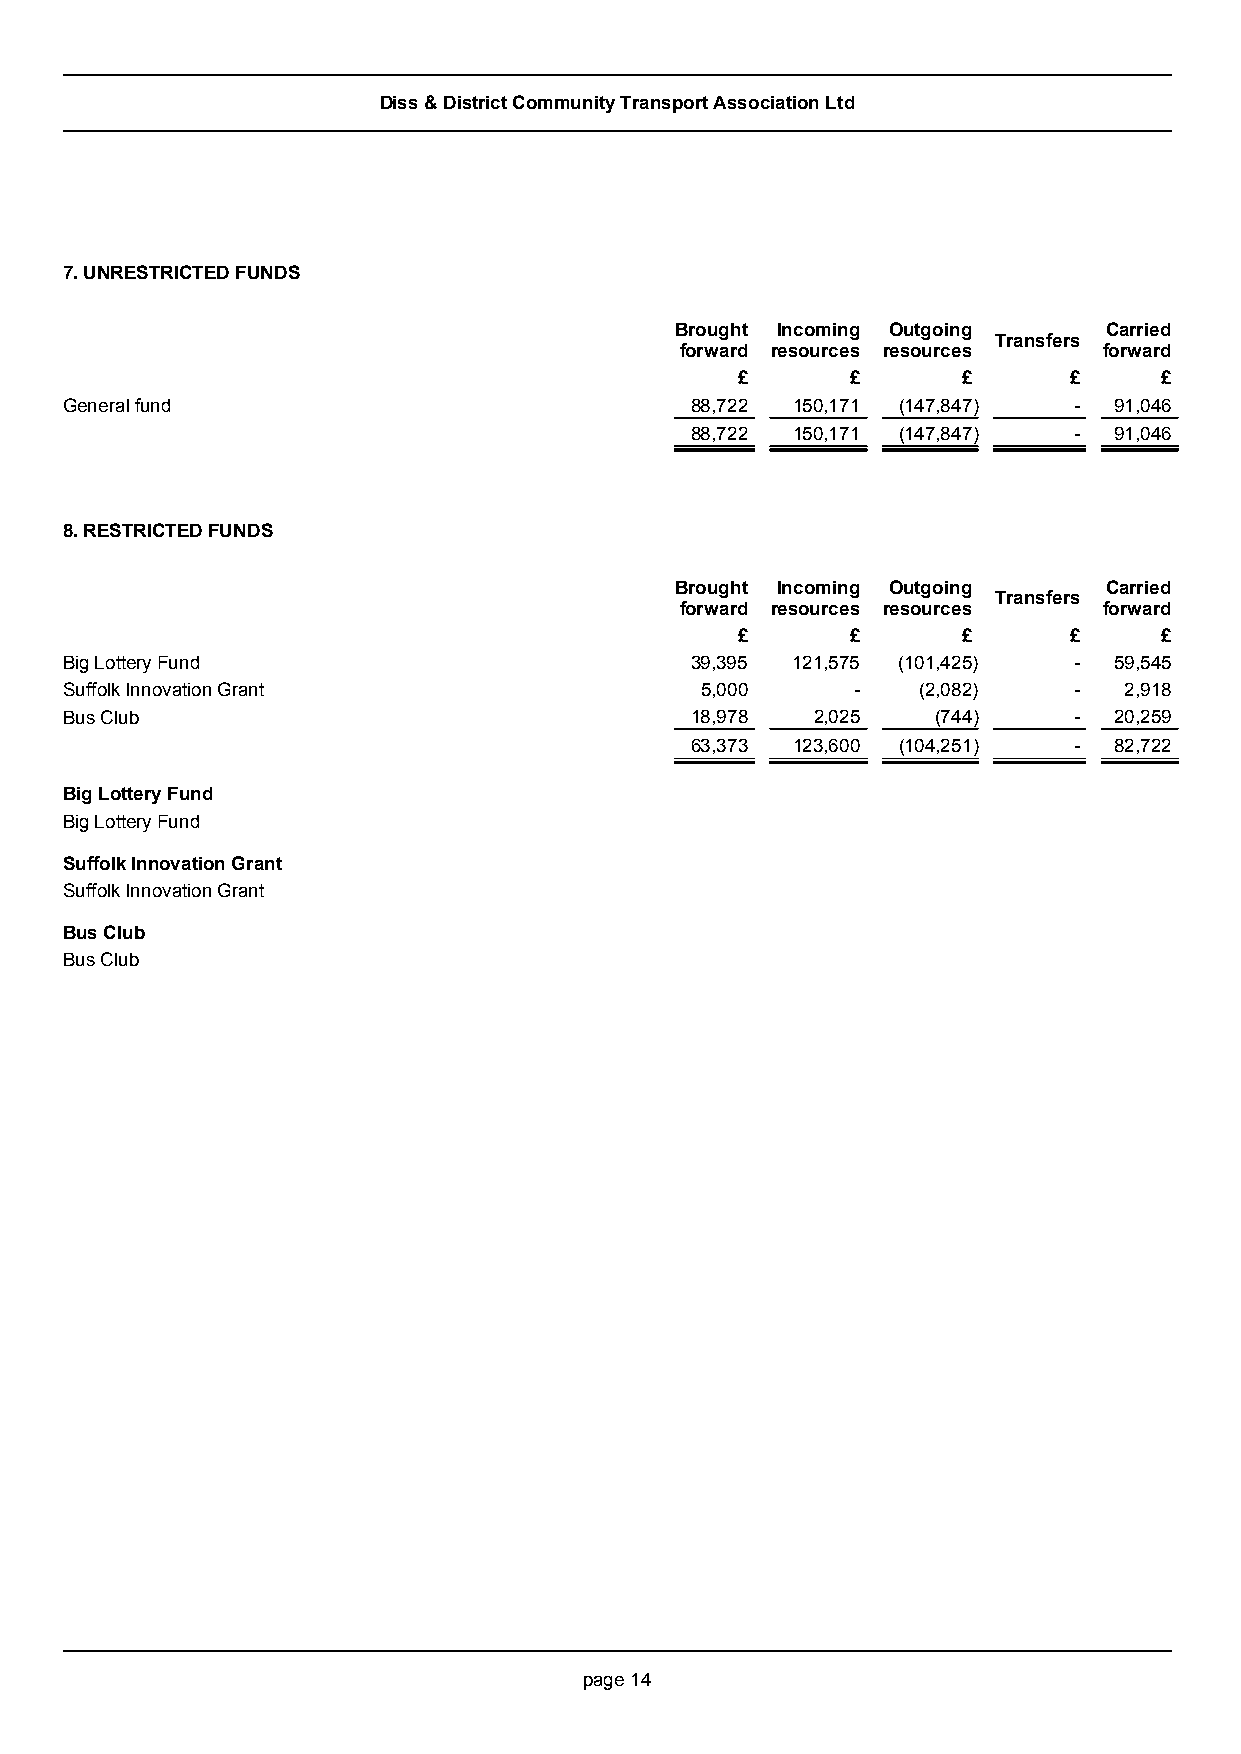
Diss & District Community Transport Association Ltd
 7. UNRESTRICTED FUNDS
 Brought Incoming Outgoing   Carried
 Transfers
 forward resources resources forward
 £      £       £      £     £
 General fund                              88,722 150,171 (147,847) -  91,046
 88,722 150,171 (147,847) -  91,046
 8. RESTRICTED FUNDS
 Brought Incoming Outgoing   Carried
 Transfers
 forward resources resources forward
 £      £       £      £     £
 Big Lottery Fund                          39,395 121,575 (101,425) -  59,545
 Suffolk Innovation Grant                  5,000      -   (2,082)   -  2,918
 Bus Club                                  18,978  2,025   (744)    -  20,259
 63,373 123,600 (104,251) -  82,722
 Big Lottery Fund
 Big Lottery Fund
 Suffolk Innovation Grant
 Suffolk Innovation Grant
 Bus Club
 Bus Club
 page 14